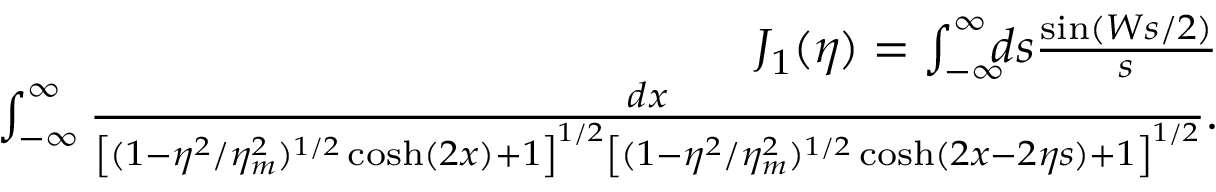
\begin{array} { r l r } & { } & { \! \! \! \! \! \! \! \! J _ { 1 } ( \eta ) = \int _ { - \infty } ^ { \infty } \! \! \! d s \frac { \sin ( W s / 2 ) } { s } } \\ & { } & { \! \! \! \! \! \! \! \! \int _ { - \infty } ^ { \infty } \frac { d x } { \left[ ( 1 - \eta ^ { 2 } / \eta _ { m } ^ { 2 } ) ^ { 1 / 2 } \cosh ( 2 x ) + 1 \right] ^ { 1 / 2 } \left[ ( 1 - \eta ^ { 2 } / \eta _ { m } ^ { 2 } ) ^ { 1 / 2 } \cosh ( 2 x - 2 \eta s ) + 1 \right] ^ { 1 / 2 } } . } \end{array}